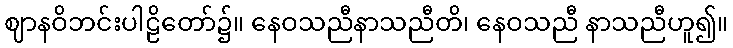
ဈာနဝိဘင်းပါဠိတော်၌။ နေဝသညီနာသညီတိ၊ နေဝသညီ နာသညီဟူ၍။